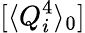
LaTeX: [\langle Q_{i}^{4}\rangle_{0}]